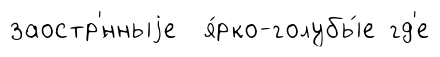
заостр'́нныjе я́рко-голубы́е гд'е